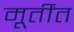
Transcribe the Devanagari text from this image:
मूर्तींत